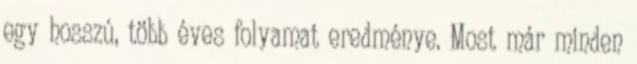
egy hosszú, több éves folyamat eredménye. Most már minden